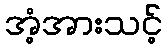
အံ့အားသင့်